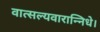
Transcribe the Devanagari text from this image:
वात्सल्यवारान्निधे।